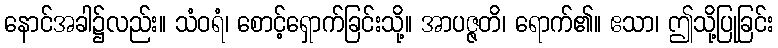
နောင်အခါ၌လည်း။ သံဝရံ၊ စောင့်ရှောက်ခြင်းသို့။ အာပဇ္ဇတိ၊ ရောက်၏။ ဧသာ၊ ဤသို့ပြုခြင်း